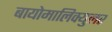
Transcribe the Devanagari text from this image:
बायोमालिक्युलर